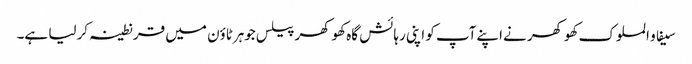
سیفاو الملوک کھوکھر نےاپنےآپ کو اپنی رہائش گاہ کھوکھر پیلس جوہرٹاؤن میں قرنطینہ کرلیا ہے۔